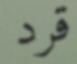
قرد